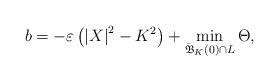
LaTeX: \begin{align*}b=-\varepsilon\left( \left\vert X\right\vert ^{2}-K^{2}\right)+\min_{\mathfrak{\bar{B}}_{K}\left( 0\right) \cap L}\Theta,\end{align*}